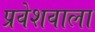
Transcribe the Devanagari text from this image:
प्रवेशवाला